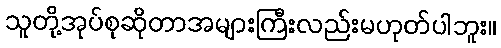
သူတို့အုပ်စုဆိုတာအများကြီးလည်းမဟုတ်ပါဘူး။